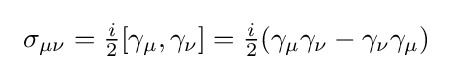
\ \sigma _{\mu \nu }={\tfrac {i}{2}}[\gamma _{\mu },\gamma _{\nu }]={\tfrac {i}{2}}(\gamma _{\mu }\gamma _{\nu }-\gamma _{\nu }\gamma _{\mu })\